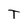
Character: T